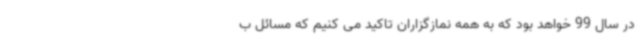
در سال 99 خواهد بود که به همه نمازگزاران تاکید می کنیم که مسائل ب